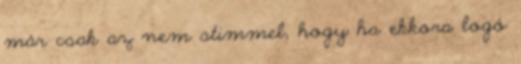
már csak az nem stimmel, hogy ha ekkora logó